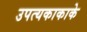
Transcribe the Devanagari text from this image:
उपत्यकाकाके